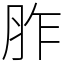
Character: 胙